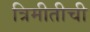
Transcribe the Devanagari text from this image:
त्रिमीतीची